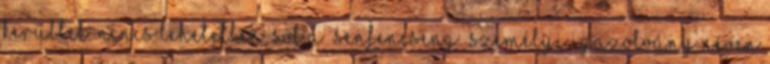
kerültek. Nincs lehetetlen, sőt A „senfencseng” személyi igazolvány néven